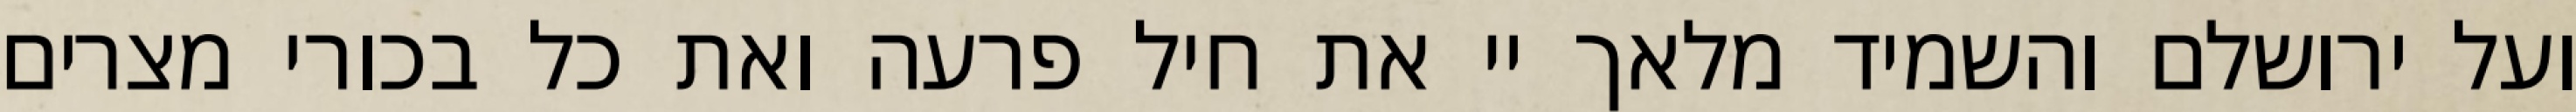
ועל ירושלם והשמיד מלאך יי את חיל פרעה ואת כל בכורי מצרים